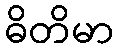
ဓိတိမာ